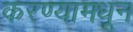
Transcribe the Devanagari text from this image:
करण्यामधून